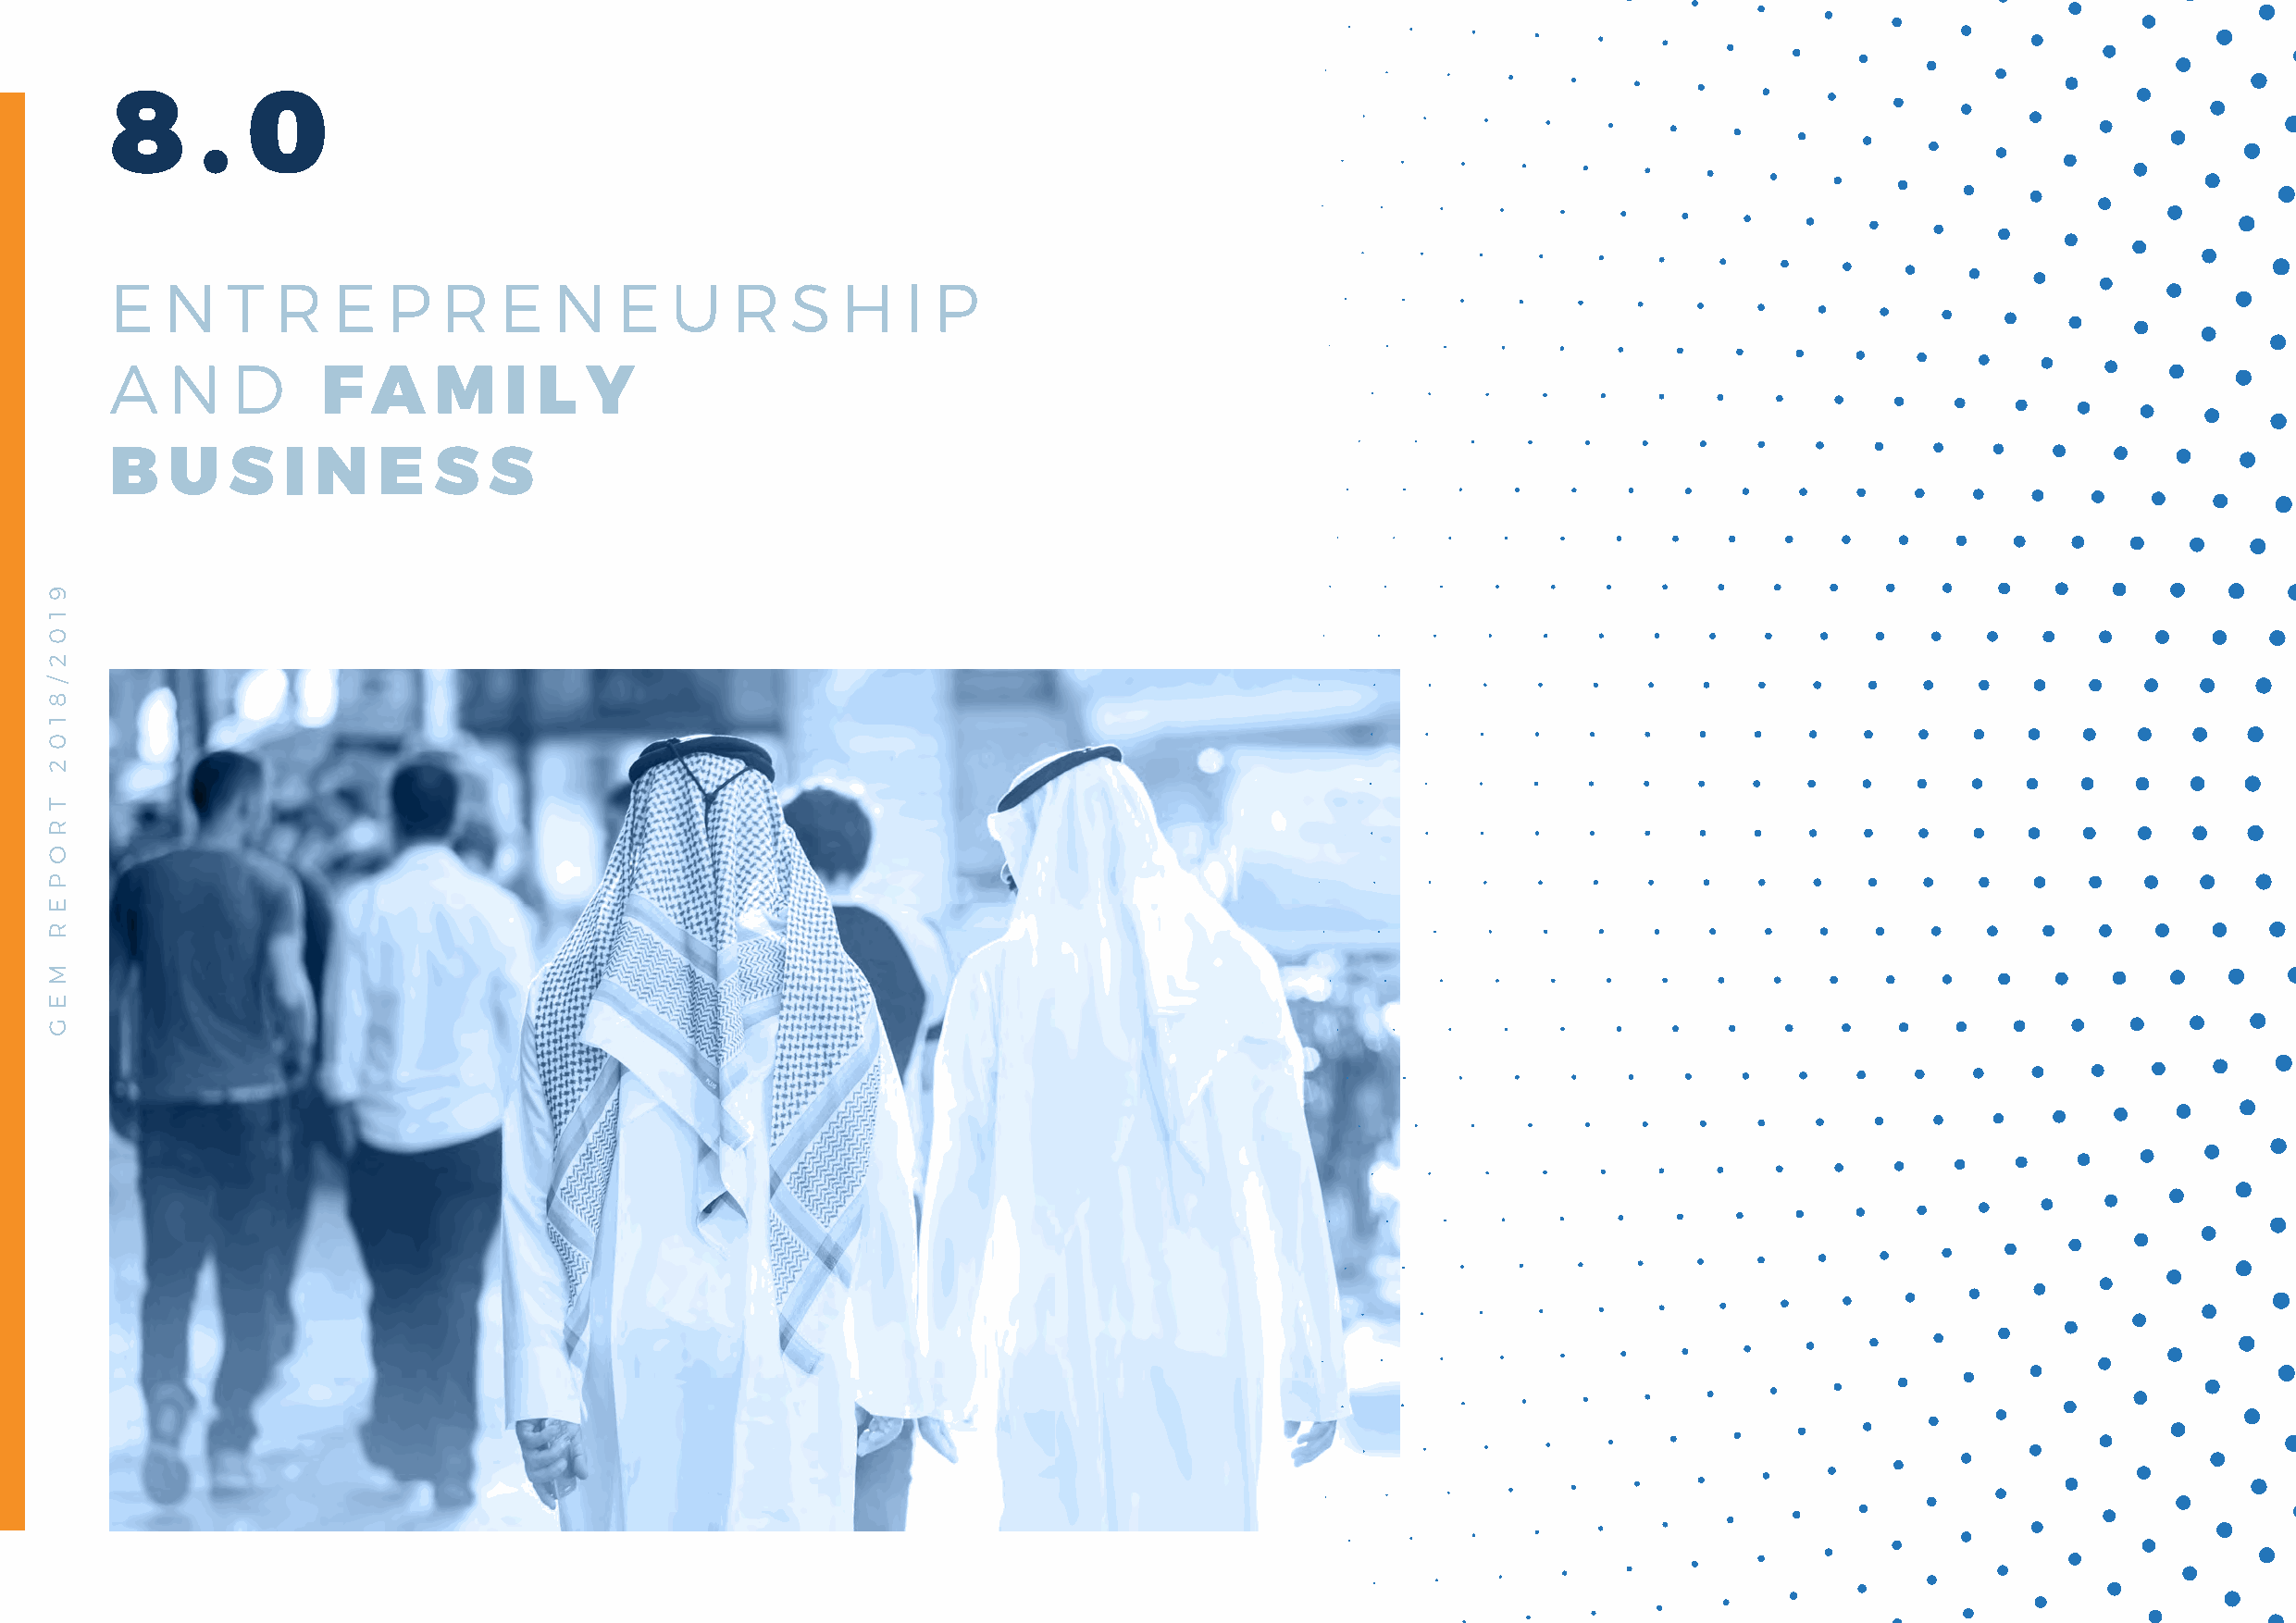
8     .   0
 E   N   T   R   E   P   R   E   N   E   U   R    S  H    I P
 A   N    D
 F   A   M    I L   Y
 B   U   S   I  N   E   S   S
 9
 1
 0
 2
 /
 8
 1
 0
 2
 T
 R
 O
 P
 E
 R
 M
 E
 G